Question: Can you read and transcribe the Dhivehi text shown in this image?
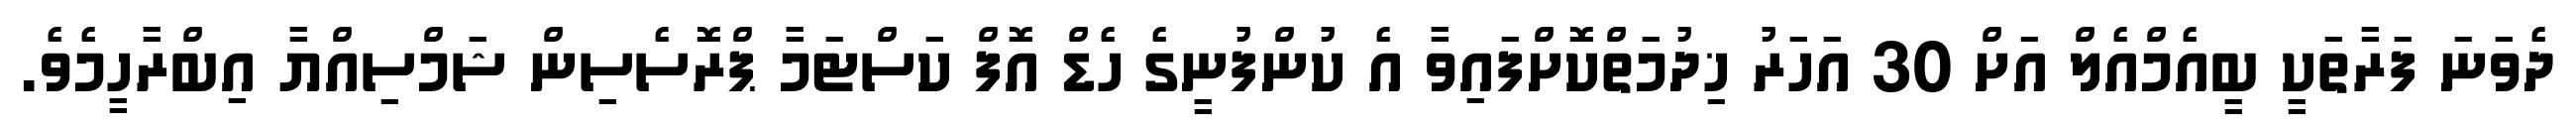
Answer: ދެވަނަ ފަރާތަކީ ބީއެމްއެލް އަށް 30 އަހަރު ޚިދުމަތްކޮށްފައިވާ އެ ކުންފުނީގެ ހެޑް އޮފް ކަސްޓަމާ ޕްރޮސެސިން ޝަމްސިއްޔާ އިބްރާހީމެވެ.